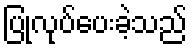
ပြုလုပ်ပေးခဲ့သည်